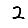
Digit: 2